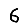
Digit: 6